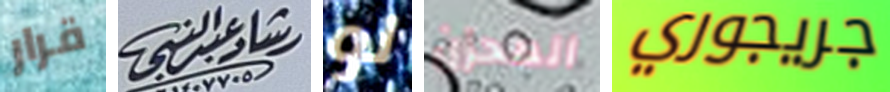
قرار رشادعبدالنبي لو المحزن جريجوري